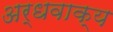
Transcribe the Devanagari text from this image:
अर्धवाक्य